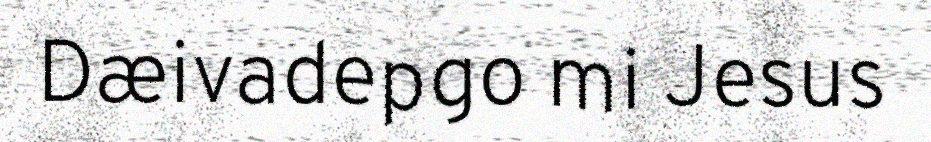
Dæivadepgo mi Jesus